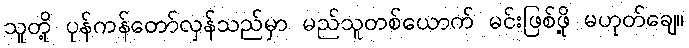
သူတို့ ပုန်ကန်တော်လှန်သည်မှာ မည်သူတစ်ယောက် မင်းဖြစ်ဖို့ မဟုတ်ချေ။